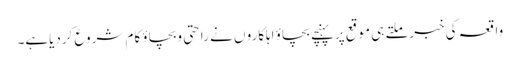
واقعہ کی خبرملتے ہی موقع پرپہنچے بچاؤ اہلکارو ں نے راحتی وبچاؤ کام شروع کردیاہے۔